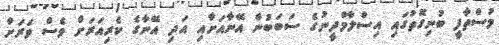
މުސްތާފީ ބުނިގޮތުގައި އިސްލާމްދީނުގެ ސަބަބުން އޭނާއަށާއި އަދި އޭނާގެ ކެރިއަރަށް ވެސް ވަރަށް